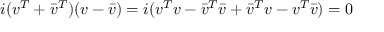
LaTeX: i ( v ^ { T } + { \bar { v } } ^ { T } ) ( v - { \bar { v } } ) = i ( v ^ { T } v - { \bar { v } } ^ { T } { \bar { v } } + { \bar { v } } ^ { T } v - v ^ { T } { \bar { v } } ) = 0